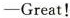
—Great!